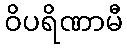
ဝိပရိဏာမီ